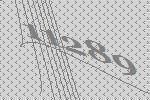
11289